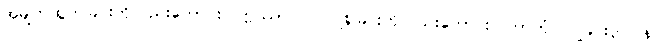
အမျက်ထွက်ခြင်းကိုလည်းကောင်း။ ဣဿာ ဝါ၊ ငြူစူခြင်းကိုလည်းကောင်း။ ကာတုံ၊ ပြုခြင်းငှာ။ န